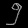
Digit: ၅